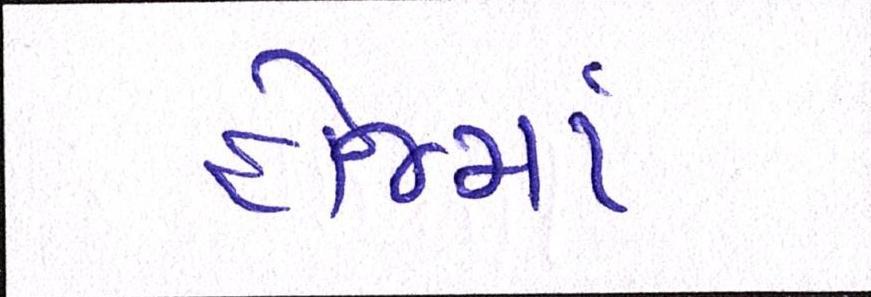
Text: હોજમાં